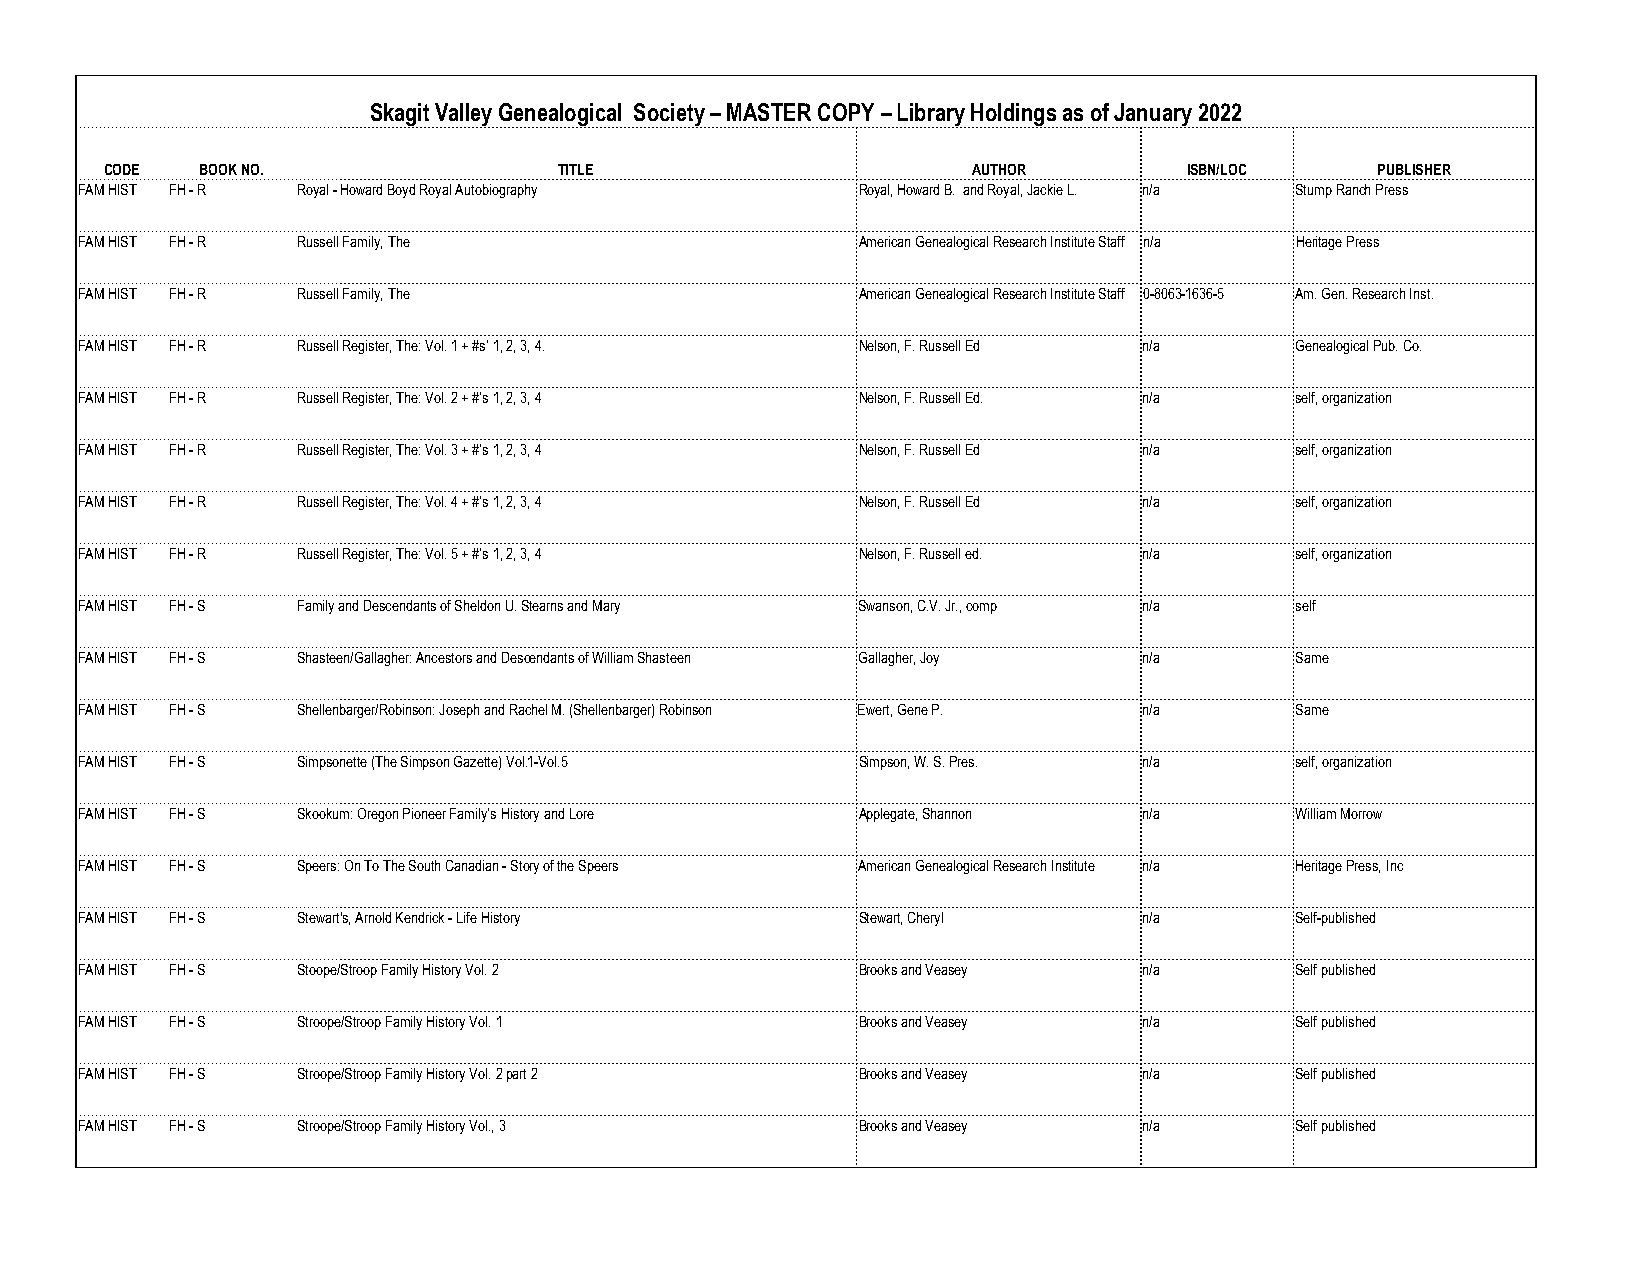
Skagit Valley Genealogical Society – MASTER COPY – Library Holdings as of January 2022
 CODE  BOOK NO.                TITLE                      AUTHOR         ISBN/LOC    PUBLISHER
 FAM HIST FH - R Royal - Howard Boyd Royal Autobiography Royal, Howard B. and Royal, Jackie L. n/a Stump Ranch Press
 FAM HIST FH - R Russell Family, The                 American Genealogical Research Institute Staff n/a Heritage Press
 FAM HIST FH - R Russell Family, The                 American Genealogical Research Institute Staff 0-8063-1636-5 Am. Gen. Research Inst.
 FAM HIST FH - R Russell Register, The: Vol. 1 + #s’ 1, 2, 3, 4. Nelson, F. Russell Ed n/a Genealogical Pub. Co.
 FAM HIST FH - R Russell Register, The: Vol. 2 + #’s 1, 2, 3, 4 Nelson, F. Russell Ed. n/a self, organization
 FAM HIST FH - R Russell Register, The: Vol. 3 + #’s 1, 2, 3, 4 Nelson, F. Russell Ed n/a self, organization
 FAM HIST FH - R Russell Register, The: Vol. 4 + #’s 1, 2, 3, 4 Nelson, F. Russell Ed n/a self, organization
 FAM HIST FH - R Russell Register, The: Vol. 5 + #’s 1, 2, 3, 4 Nelson, F. Russell ed. n/a self, organization
 FAM HIST FH - S Family and Descendants of Sheldon U. Stearns and Mary Swanson, C.V. Jr., comp n/a self
 FAM HIST FH - S Shasteen/Gallagher: Ancestors and Descendants of William Shasteen Gallagher, Joy n/a Same
 FAM HIST FH - S Shellenbarger/Robinson: Joseph and Rachel M. (Shellenbarger) Robinson Ewert, Gene P. n/a Same
 FAM HIST FH - S Simpsonette (The Simpson Gazette) Vol.1-Vol.5 Simpson, W. S. Pres. n/a self, organization
 FAM HIST FH - S Skookum: Oregon Pioneer Family’s History and Lore Applegate, Shannon n/a William Morrow
 FAM HIST FH - S Speers: On To The South Canadian - Story of the Speers American Genealogical Research Institute n/a Heritage Press, Inc
 FAM HIST FH - S Stewart's, Arnold Kendrick - Life History Stewart, Cheryl n/a    Self-published
 FAM HIST FH - S Stoope/Stroop Family History Vol. 2 Brooks and Veasey  n/a       Self published
 FAM HIST FH - S Stroope/Stroop Family History Vol. 1 Brooks and Veasey n/a       Self published
 FAM HIST FH - S Stroope/Stroop Family History Vol. 2 part 2 Brooks and Veasey n/a Self published
 FAM HIST FH - S Stroope/Stroop Family History Vol., 3 Brooks and Veasey n/a      Self published